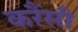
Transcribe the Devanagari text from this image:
करैंसी